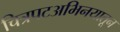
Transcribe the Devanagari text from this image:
चित्रपटअभिनयातून